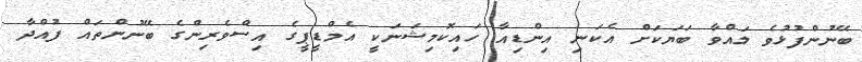
ބޭނުންފުޅުވެ ލައްވާ ބަޔަކަށް އެކަނި އިންޑިއާ ހައިކޮމިޝަނަކީ އެމްޑީޕީގެ އިސްވެރިންގެ ބޭނުންތައް ފުއްދާ